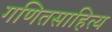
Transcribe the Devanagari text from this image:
गणितसाहित्य